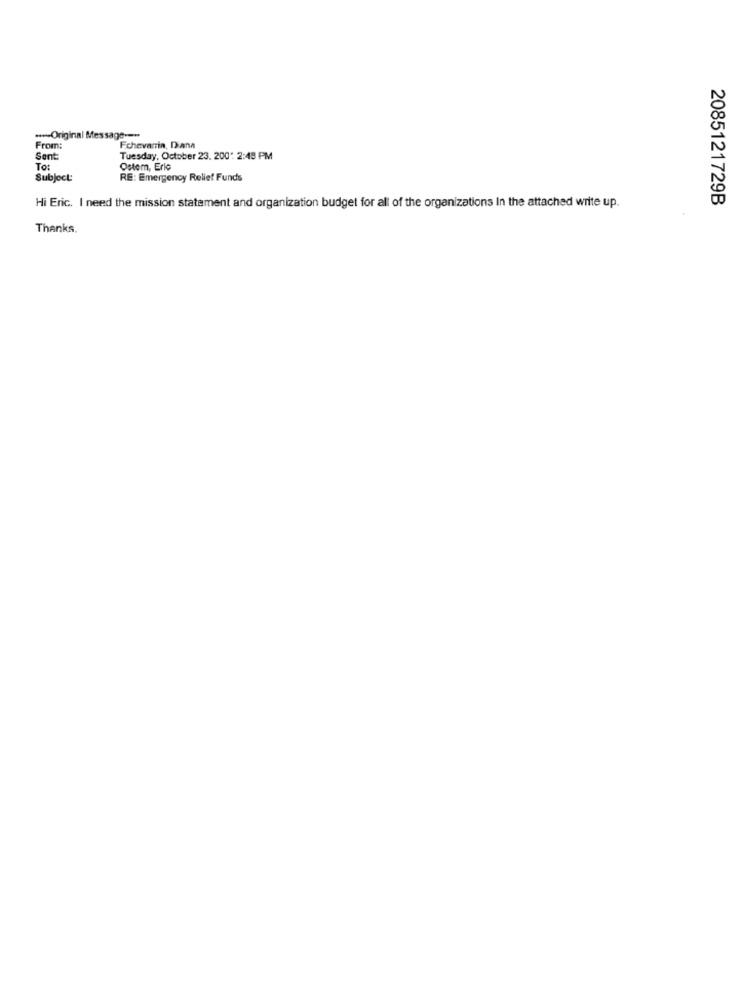
-- Original Message ---
From:
Fchevarria, Diana
Sent
Tuesday, October 23. 200. 2:49 PM
To:
Ostem, Eric
Subject:
RE: Emergency Relief Funds
2085121729B
Hi Eric. I need the mission statement and organization budget for all of the organizations In the attached write up.
Thanks.